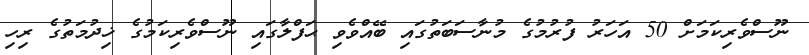
ނޫސްވެރިކަމަށް 50 އަހަރު ފުރުމުގެ މުނާސަބަތުގައި ބޭއްވެވި ޙަފްލާގައި ނޫސްވެރިކަމުގެ ޚިދުމަތުގެ ރިހި